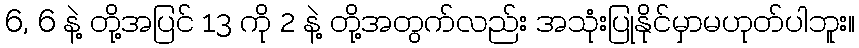
6, 6 နဲ့ တို့အပြင် 13 ကို 2 နဲ့ တို့အတွက်လည်း အသုံးပြုနိုင်မှာမဟုတ်ပါဘူး။